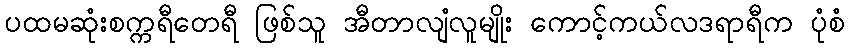
ပထမဆုံးစက္ကရီတေရီ ဖြစ်သူ အီတာလျံလူမျိုး ကောင့်ကယ်လဒရာရီက ပုံစံ